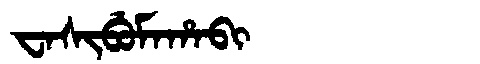
Manchu: ᠸᠠᠰᡳᠪᡠᠮᠠᡥᠠᠪᡳ
Romanization: WASIBUMAHABI